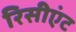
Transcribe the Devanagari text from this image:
रिसीएंट